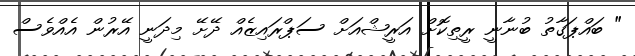
" ބައްޕަގާތު ބުނާނީ ރީތިކޮށް އަރީޝްއަށް ސަޕްރައިޒެއް ދޭށޭ މިދަނީ އޭރުން އެއްވެސް